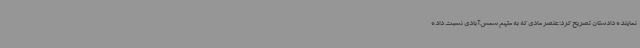
نماینده دادستان تصریح کرد: عنصر مادی که به متهم شمس‌آبادی نسبت داده